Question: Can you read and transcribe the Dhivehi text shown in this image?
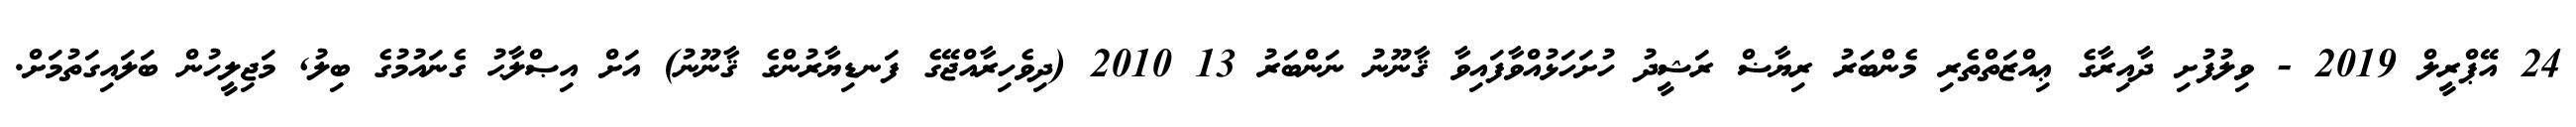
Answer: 24 އޭޕްރީލް 2019 - ވިލުފުށި ދާއިރާގެ ޢިއްޒަތްތެރި މެންބަރު ރިޔާޟް ރަޝީދު ހުށަހަޅުއްވާފައިވާ ޤާނޫނު ނަންބަރު 13 2010 (ދިވެހިރާއްޖޭގެ ފަނޑިޔާރުންގެ ޤާނޫނު) އަށް އިޞްލާޙު ގެނައުމުގެ ބިލު, މަޖިލީހުން ބަލައިގަތުމަށް.